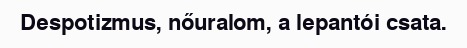
Despotizmus, nőuralom, a lepantói csata.